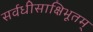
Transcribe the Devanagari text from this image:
सर्वधीसाक्षिभूतम्